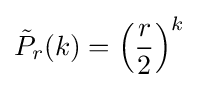
{\tilde {P}}_{r}(k)=\left({\frac {r}{2}}\right)^{k}